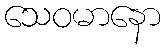
သေဝမာနော